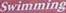
Swimming